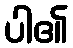
ပါ၏